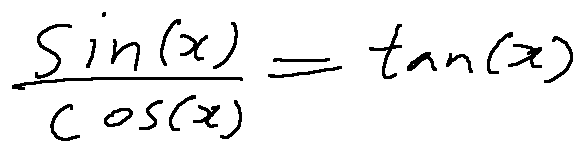
\frac { \sin ( x ) } { \cos ( x ) } = \tan ( x )